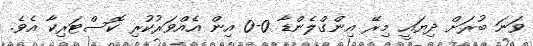
ވަނަ ބުރަށް ދިޔައީ މިރޭ އިންގްލެންޑާ 0-0 އިން އެއްވަރުކުރި ކޮސްޓަރިކާ އެވެ.